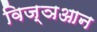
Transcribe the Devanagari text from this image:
विज्ञआन